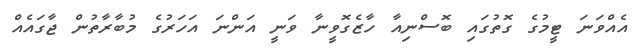
އެއްވަނަ ޓީމުގެ ގޮތުގައި ބޮސްނިއާ ހާޒެގޮވީނާ ވަނީ އަންނަ އަހަރުގެ މުބާރާތުން ޖާގައެއް